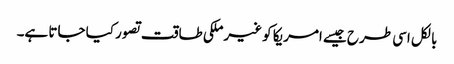
بالکل اسی طرح جیسے امریکا کو غیرملکی طاقت تصور کیا جاتا ہے۔